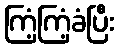
ကြံ့ကြံ့ခံပြီး